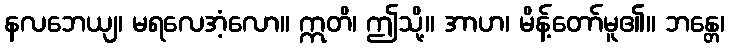
နလဘေယျ၊ မရလေအံ့လော။ ဣတိ၊ ဤသို့။ အာဟ၊ မိန့်တော်မူ၏။ ဘန္တေ၊